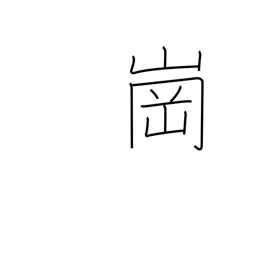
Meaning: hill